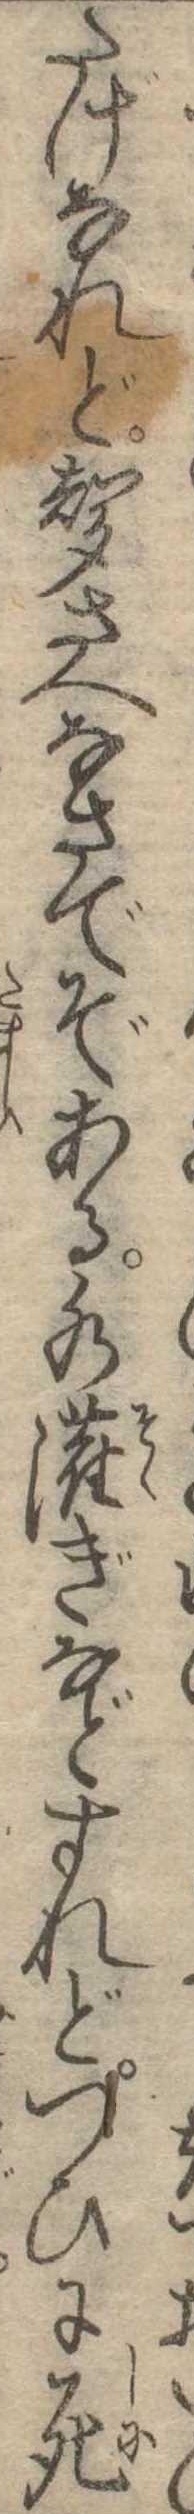
たげなれど声さへなさでぞある水潅ぎなどすれどつひに死